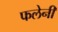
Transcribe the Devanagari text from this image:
फलेनी